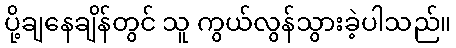
ပို့ချနေချိန်တွင် သူ ကွယ်လွန်သွားခဲ့ပါသည်။